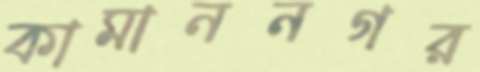
কামাননগর